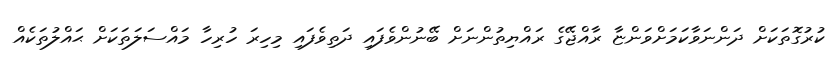
ކުރުގޮތަކަށް ދަންނަވާކަމަށްވަންޏާ ރާއްޖޭގެ ރައްޔިތުންނަށް ބޭނުންވެފައި ދަތިވެފައި މިހިރަ ހުރިހާ މައްސަލަތަކަށް ޙައްލުތަކެއް